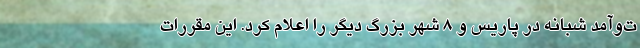
ت‌و‌آمد شبانه در پاریس و 8 شهر بزرگ دیگر را اعلام کرد. این مقررات